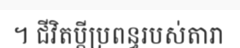
។ ជីវិតប្តីប្រពន្ធរបស់តារា